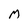
Character: M